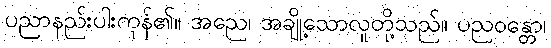
ပညာနည်းပါးကုန်၏။ အညေ၊ အချို့သောလူတို့သည်။ ပညဝန္တော၊